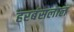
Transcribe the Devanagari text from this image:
हरबंसलाल